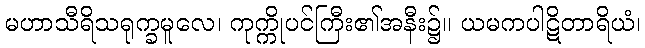
မဟာသီရိသရုက္ခမူလေ၊ ကုက္ကိုပင်ကြီး၏အနီး၌။ ယမကပါဋိတာရိယံ၊